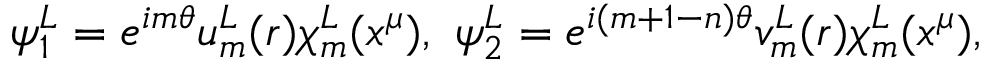
\psi _ { 1 } ^ { L } = e ^ { i m \theta } u _ { m } ^ { L } ( r ) \chi _ { m } ^ { L } ( x ^ { \mu } ) , ~ \psi _ { 2 } ^ { L } = e ^ { i ( m + 1 - n ) \theta } v _ { m } ^ { L } ( r ) \chi _ { m } ^ { L } ( x ^ { \mu } ) ,